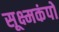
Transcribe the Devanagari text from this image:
सूक्ष्मकंपों